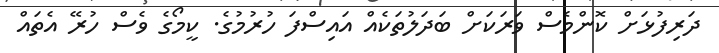
ދަރިފުޅަށް ކޮންމެސް ވަރަކަށް ބަދަލުތަކެއް އައިސްފަ ހުރުމުގެ. ކީމޯގެ ވެސް ހުރޭ އެތައް